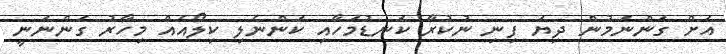
އަށް ގަންނަމުން ދިޔަ ފިނި ނުކުރާ ކަނޑުމަހާއި ކަންނެލި ކިލޯއެއް މިހާރު ގަންނަނީ